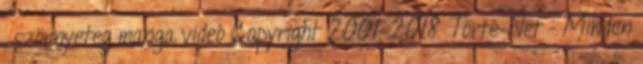
, szörnyeteg manga videó Copyright 2001-2018 Törté-Net - Minden